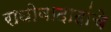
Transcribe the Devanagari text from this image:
राघोबादादांचे